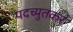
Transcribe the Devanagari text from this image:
पदच्युतकर